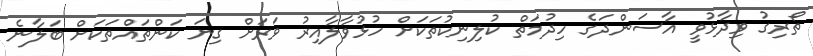
ތޯރިގު ވިދާޅުވީ އާސަންދަގެ ހިދުމަތް ކުލިނިކުތަކަށް ހުޅުވާލާއިރު ވަރަށް ގިނަ ކަންތައްތަކަށް ބަލާނެ